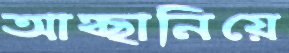
আহ্ছানিয়ে